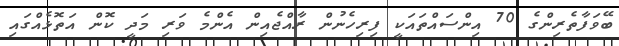
ބޭވަފާތެރިންގެ 70 އިންސައްތައަކީ ފިރިހެނުން ރާއްޖެއިން އެންމެ ވަރި މަދީ ކޮން އަތޮޅެއްގައި